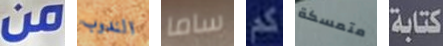
من الندوب ساما كم متمسكة كتابة